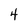
Character: 4